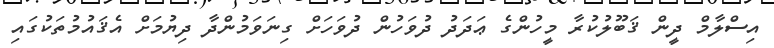
އިސްލާމް ދީން ޤަބޫލުކުރާ މީހުންގެ ޢަދަދު ދުވަހުން ދުވަހަށް ގިނަވަމުންދާ ދިޔުމަށް އެޤައުމުތަކުގައި